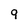
Character: 9